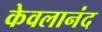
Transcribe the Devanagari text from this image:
केवलानंद